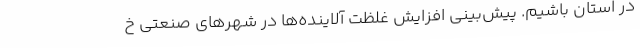
در استان باشیم. پیش‌بینی افزایش غلظت آلاینده‌ها در شهرهای صنعتی خ